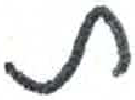
אות: ת